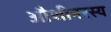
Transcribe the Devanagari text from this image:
औशीनरस्य